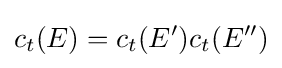
c_{t}(E)=c_{t}(E')c_{t}(E'')